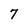
Character: 7